Annual report of the Punjab Veterinary College and of the Civil Veterinary Department, Punjab - 1894-1908
Year: 1894
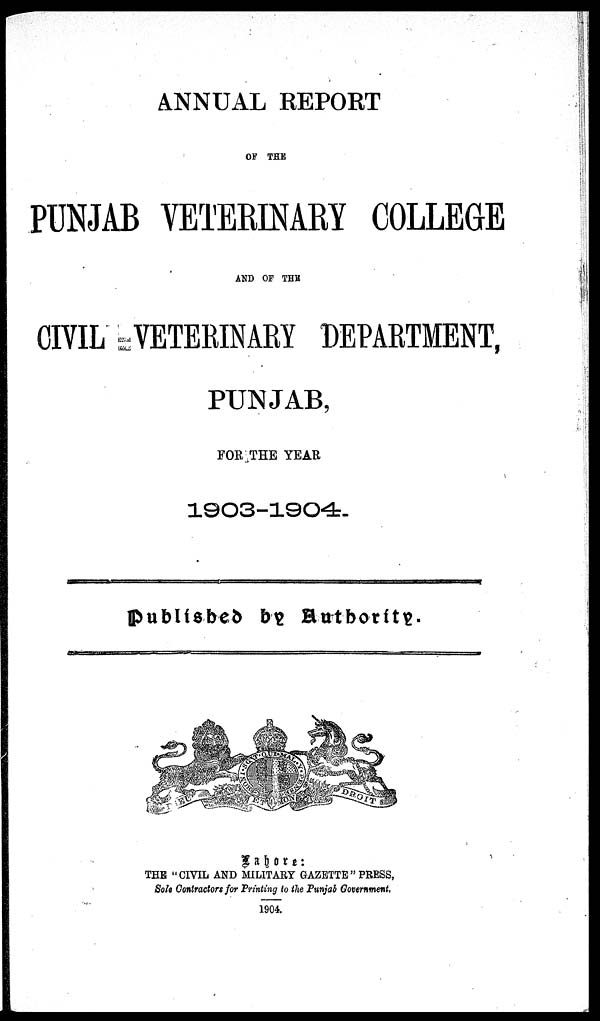
ANNUAL REPORT
OF THE
PUNJAB VETERINARY COLLEGE
AND OF THE
CIVIL =VETERINARY DEPARTMENT,
PUNJAB,
FOR THE YEAR
1903-1904.
Published by Authority.
Lahore :
THE " CIVIL AND MILITARY GAZETTE " PRESS,
Sole Contractors for Printing to the Punjab Government,
1904.